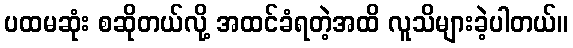
ပထမဆုံး စဆိုတယ်လို့ အထင်ခံရတဲ့အထိ လူသိများခဲ့ပါတယ်။